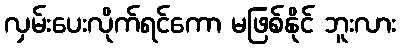
လှမ်းပေးလိုက်ရင်ကော မဖြစ်နိုင် ဘူးလား